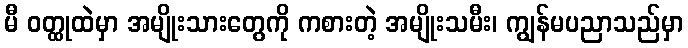
မီ ဝတ္ထုထဲမှာ အမျိုးသားတွေကို ကစားတဲ့ အမျိုးသမီး၊ ကျွန်မပညာသည်မှာ